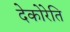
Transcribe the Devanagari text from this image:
देकोरेति